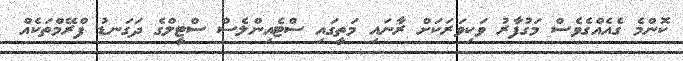
ކޮންމެ ގެއެއްގެވެސް މަގުފާރު ވަކިވަރަކަށް ރާނައި މަތީގައި ސްޓެއިންލެސް ސްޓީލްގެ ދަގަނޑު ފްރޭމްތަކެއް